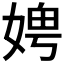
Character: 𪦁